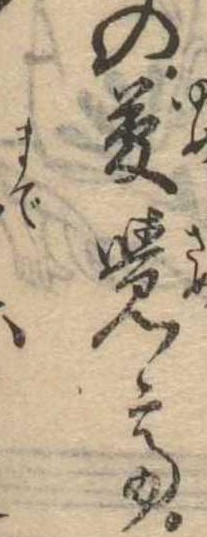
の夢覚て